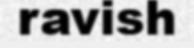
ravish